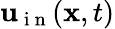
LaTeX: \mathbf{u}_{\mathrm{~i~n~}}(\mathbf{x},t)